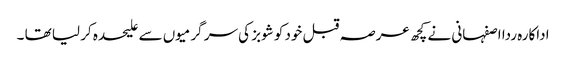
اداکارہ ردا اصفہانی نے کچھ عرصہ قبل خود کو شوبز کی سر گرمیوں سے علیحدہ کر لیا تھا ۔